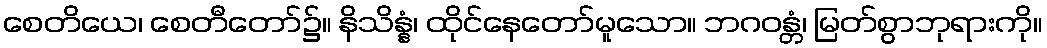
စေတိယေ၊ စေတီတော်၌။ နိသိန္နံ၊ ထိုင်နေတော်မူသော။ ဘဂဝန္တံ၊ မြတ်စွာဘုရားကို။